system: You are a helpful assistant.
user:
Analyze the provided spectrum to determine if it is a **Carbon Star (C-type)**.

- **Key Visual Indicators of Carbon Star:**
    - **(Primary):** Strong molecular absorption from **C₂ (diatomic carbon) "Swan Bands."** This is the **defining feature** of a carbon star.
        - **(Key Bandheads):** Sharp absorption edges are visible at approximately $5635$ Å, $5165$ Å (the strongest band), and $4737$ Å.
        - **(Line Profile):** Creates a distinct **"saw-tooth"** pattern. The key morphology is a sharp, steep bandhead on the **red (long-wavelength) side**, which then gradually tapers off (i.e., flux recovers) towards the **blue (short-wavelength) side**. *(This is the direct opposite of the TiO bands seen in M-type stars)*.

    - **(Secondary):** Intense **CN (cyanogen)** molecular absorption bands.
        - **(Key Bandheads):** Located in the blue and violet regions of the spectrum (e.g., near $4215$ Å and $3883$ Å).
        - **(Morphology):** These bands are extremely broad and act as a "blanket," absorbing the vast majority of blue and violet light. This creates a characteristic **"cliff"** or **"steep drop-off"** in the spectrum's flux at short wavelengths.

    - **(Key Confirmation):** Strong **CH absorption band (G-band)**.
        - **(Key Bandhead):** Located around $4300$ Å. The contribution from CH molecules to this band is exceptionally strong.

    - **(Overall Spectrum):**
        - The continuum is severely "chopped up" by these deep molecular bands, especially C₂, rather than appearing as a smooth curve.
        - Due to the heavy CN and C₂ absorption in the blue-green, the vast majority of the star's flux is concentrated in the red part of the spectrum, giving the star its characteristic deep red color.

Think first, call **spectral_visualization_tool** if needed to examine features in detail, then provide your final answer. Your response must adhere to the following strict rules:
1.  **Overall Structure:** Your response must follow the format `<think>...</think> <tool_call>...</tool_call> (if a tool is used) <answer>...</answer>`.
2.  **Tool Usage Constraint:** You may only make **one** tool call per turn.
3.  **Final Answer Format:** In the `<answer>` tag, your conclusion must be inside a `\boxed{}` command (e.g., `\boxed{YES}`), followed by your justification.

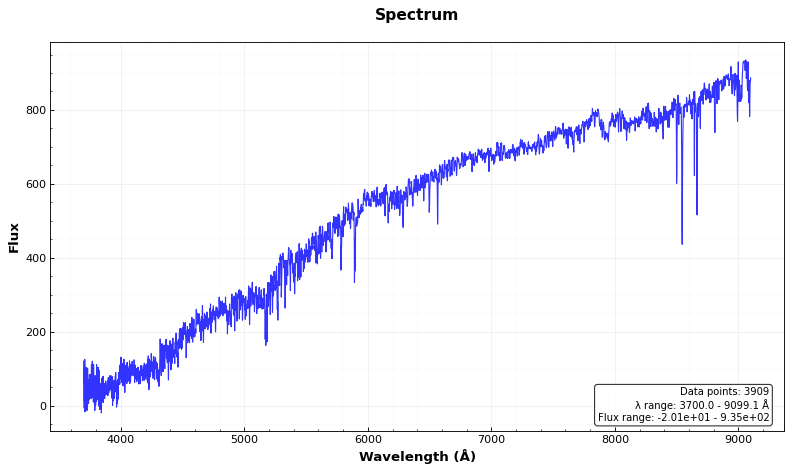
Answer: NO